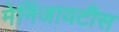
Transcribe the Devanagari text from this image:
मेनिंजायटीस